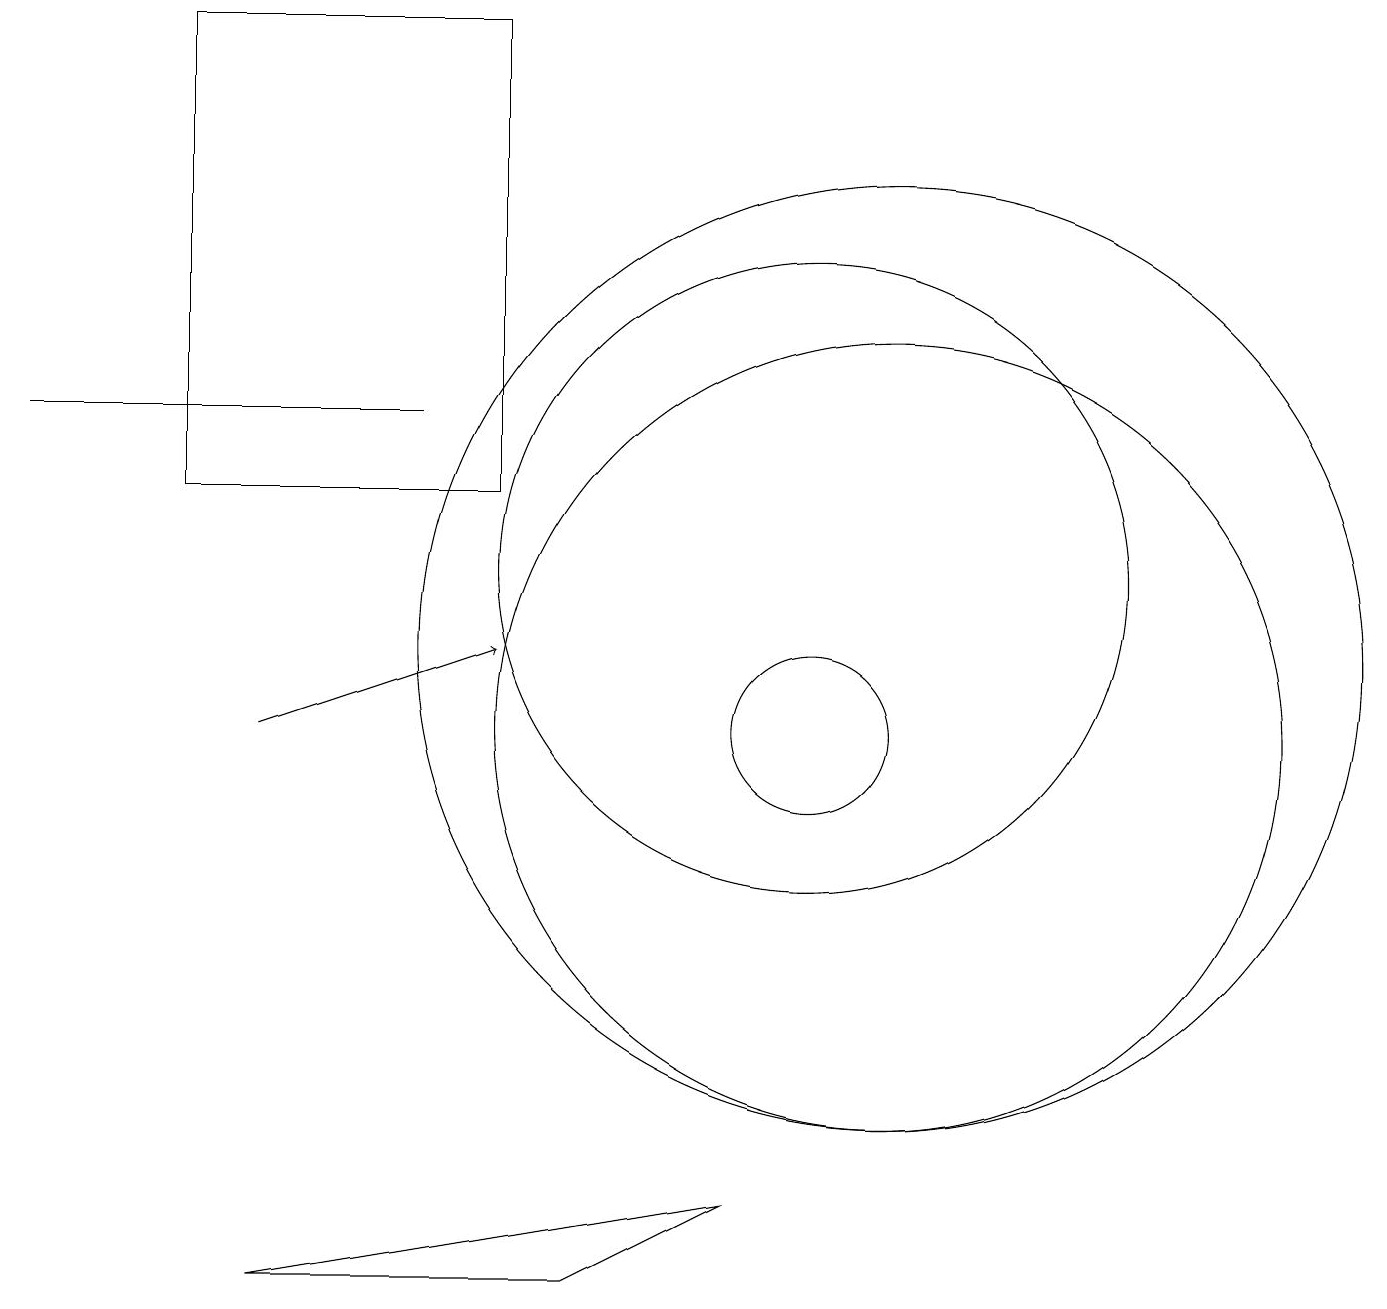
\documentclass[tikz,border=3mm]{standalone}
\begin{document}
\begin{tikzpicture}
\draw (10,12) circle (4);
\draw (11,10) circle (5);
\draw (5,14) rectangle (0,14);
\draw[->] (3,10) -- (6,11);
\draw (9,4) -- (7,3) -- (3,3) -- cycle;
\draw (10,10) circle (1);
\draw (11,11) circle (6);
\draw (2,13) rectangle (6,19);
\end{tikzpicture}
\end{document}